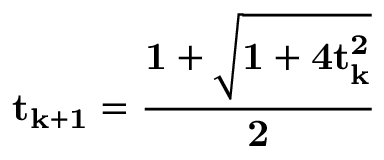
\bf t _ { k + 1 } = \frac { 1 + \sqrt { 1 + 4 t _ { k } ^ { 2 } } } { 2 }